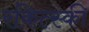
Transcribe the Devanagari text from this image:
रकित्स्की